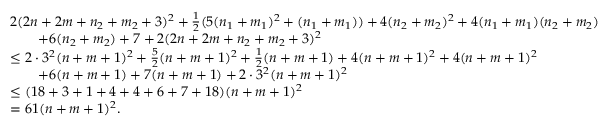
\begin{array} { r l } & { 2 ( 2 n + 2 m + n _ { 2 } + m _ { 2 } + 3 ) ^ { 2 } + \frac { 1 } { 2 } ( 5 ( n _ { 1 } + m _ { 1 } ) ^ { 2 } + ( n _ { 1 } + m _ { 1 } ) ) + 4 ( n _ { 2 } + m _ { 2 } ) ^ { 2 } + 4 ( n _ { 1 } + m _ { 1 } ) ( n _ { 2 } + m _ { 2 } ) } \\ & { \qquad + 6 ( n _ { 2 } + m _ { 2 } ) + 7 + 2 ( 2 n + 2 m + n _ { 2 } + m _ { 2 } + 3 ) ^ { 2 } } \\ & { \leq 2 \cdot 3 ^ { 2 } ( n + m + 1 ) ^ { 2 } + \frac { 5 } { 2 } ( n + m + 1 ) ^ { 2 } + \frac { 1 } { 2 } ( n + m + 1 ) + 4 ( n + m + 1 ) ^ { 2 } + 4 ( n + m + 1 ) ^ { 2 } } \\ & { \qquad + 6 ( n + m + 1 ) + 7 ( n + m + 1 ) + 2 \cdot 3 ^ { 2 } ( n + m + 1 ) ^ { 2 } } \\ & { \leq ( 1 8 + 3 + 1 + 4 + 4 + 6 + 7 + 1 8 ) ( n + m + 1 ) ^ { 2 } } \\ & { = 6 1 ( n + m + 1 ) ^ { 2 } . } \end{array}